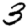
Digit: 3